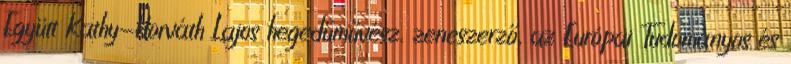
Együtt Kathy-Horváth Lajos hegedűművész, zeneszerző, az Európai Tudományos és